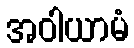
အဝါယာမံ